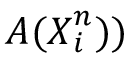
\ensuremath { \boldsymbol { A } } ( \ensuremath { \boldsymbol { X } } _ { i } ^ { n } ) )